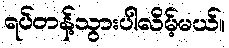
ရပ်တန့်သွားပါလိမ့်မယ်။